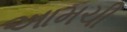
આમચી